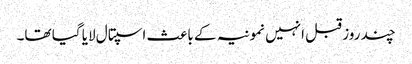
چند روز قبل انہیں نمونیہ کے باعث اسپتال لایا گیا تھا۔